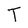
Character: T